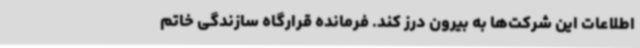
اطلاعات این شرکت‌ها به بیرون درز کند. فرمانده قرارگاه سازندگی خاتم